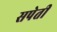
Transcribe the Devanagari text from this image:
सपेती